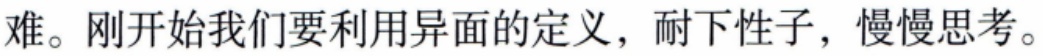
难。刚开始我们要利用异面的定义，耐下性子，慢慢思考。